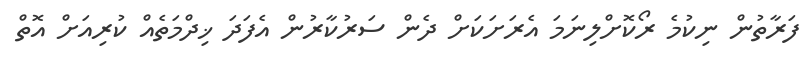
ފަރާތުން ނިކުމެ ރޯކޮށްލިނަމަ އެރަށަކަށް ދެން ސަރުކާރުން އެފަދަ ޚިދްމަތެއް ކުރިއަށް އޮތް